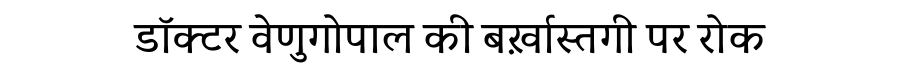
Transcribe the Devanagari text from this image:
डॉक्टर वेणुगोपाल की बर्ख़ास्तगी पर रोक